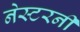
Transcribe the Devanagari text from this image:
नेस्टरनीं